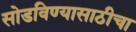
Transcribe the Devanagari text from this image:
सोडविण्यासाठीचा